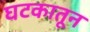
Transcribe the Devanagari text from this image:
घटकातून